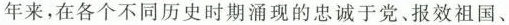
年来，在各个不同历史时期涌现的忠诚于党、报效祖国、